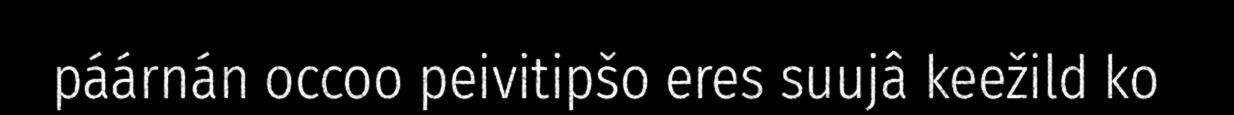
páárnán occoo peivitipšo eres suujâ keežild ko